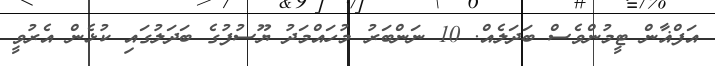
އަފްޣާން ޓީމުންވެސް ބަދަލެއް. 10 ނަންބަރު މުހައްމަދު ޔޫސުފުގެ ބަދަލުގައި ކުޅެން އެރުވީ